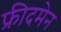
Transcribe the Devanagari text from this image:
फ्रीदमेन